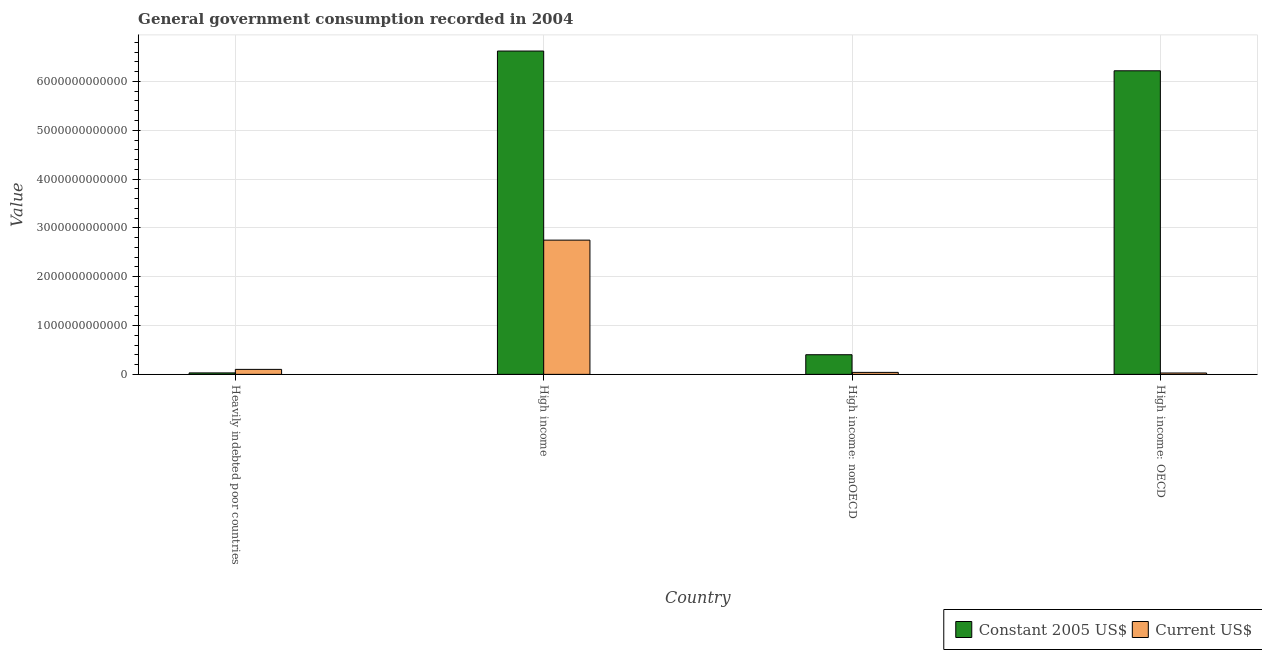
| Country | Constant 2005 US$ | Current US$ |
 | --- | --- | --- |
 | Heavily indebted poor countries | 3.01e+10 | 1.02e+11 |
 | High income | 6.62e+12 | 2.75e+12 |
 | High income: nonOECD | 4.02e+11 | 4.08e+10 |
 | High income: OECD | 6.22e+12 | 2.84e+10 |